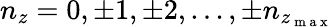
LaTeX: n_{z}=0,\pm 1,\pm 2,...,\pm n_{z_{\mathrm{~m~a~x~}}}